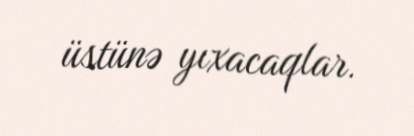
üstünə yıxacaqlar.